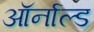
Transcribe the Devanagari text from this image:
ऑर्नाल्ड